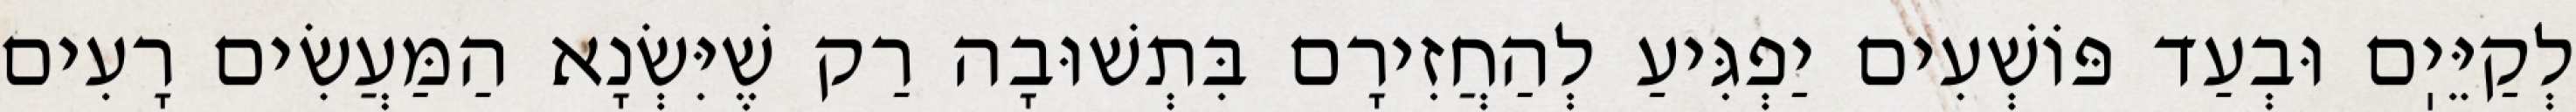
לְקַיֵּיֽם וּבְעַד פּוֹשְׁעִים יַפְגִּיעַ לְהַחֲזִירָם בִּתְשׁוּבָה רַק שֶׁיִּשְׂנָא הַמַּעֲשִׂים רָעִים